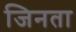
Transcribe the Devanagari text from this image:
जिनता